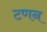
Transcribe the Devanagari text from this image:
टणन